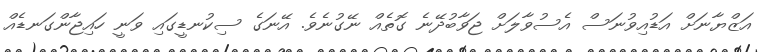
އަޒްޔާނަށް އަޑުއިވުނަސް އެސުވާލަށް ޖަވާބުދޭނެ ގޮތެއް ނޭގުނެވެ. އޭނަގެ ސިކުނޑީގައި ވަނީ ހައިޖާންގަނޑެއް